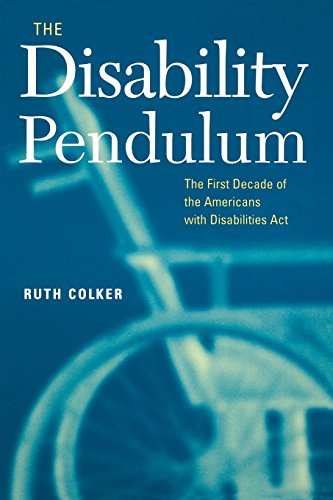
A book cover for The Disability Pendulum: The First Decade of the Americans With Disabilities Act (Critical America Series); Ruth Colker; Law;